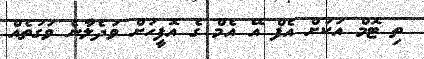
ތި ޓޮމް އަކަށް އެފް އޭ އެމް ގެ އޮފީހަށް ވަދެލާނެ ވަގުތެއް